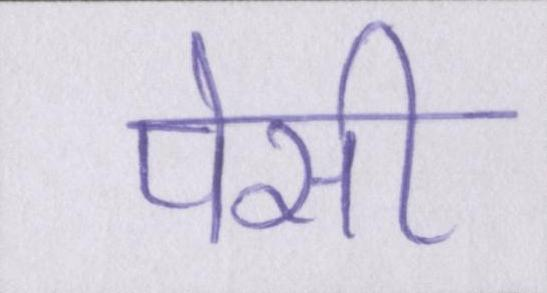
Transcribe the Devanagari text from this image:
पेसी